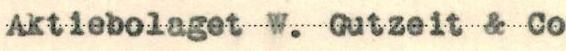
Aktiebolaget W. Gutzeit & Co